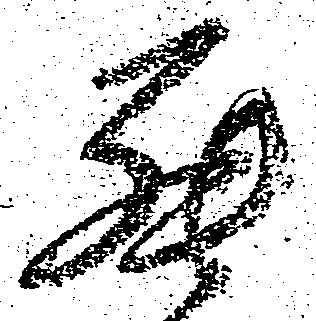
罷